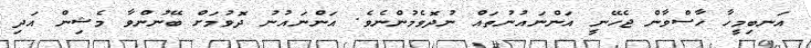
އަނބިމީހާ ހާސްވާން ޖެހޭނީ އަންނައުނުތައް ނުދޮވެމުންނެވެ. އަންނައުނު ދޮވުމަށް ބޭނުންވާ މެޝިން އަދި